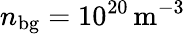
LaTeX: n_{\mathrm{bg}}=10^{20}\, \mathrm{m^{-3}}